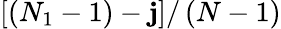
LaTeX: \left[(N_{1}-1)-\mathbf{j}\right]/\left(N-1\right)